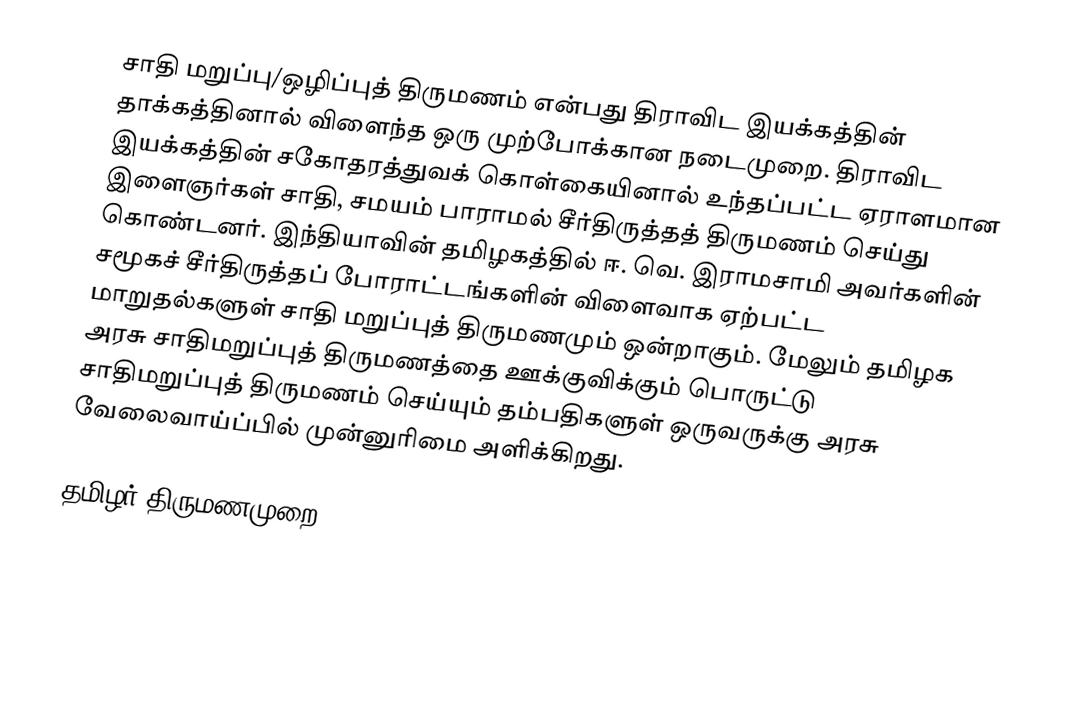
சாதி மறுப்பு/ஒழிப்புத் திருமணம் என்பது திராவிட இயக்கத்தின் தாக்கத்தினால் விளைந்த ஒரு முற்போக்கான நடைமுறை. திராவிட இயக்கத்தின் சகோதரத்துவக் கொள்கையினால் உந்தப்பட்ட ஏராளமான இளைஞர்கள் சாதி, சமயம் பாராமல் சீர்திருத்தத் திருமணம் செய்து கொண்டனர். இந்தியாவின் தமிழகத்தில் ஈ. வெ. இராமசாமி அவர்களின் சமூகச் சீர்திருத்தப் போராட்டங்களின் விளைவாக ஏற்பட்ட மாறுதல்களுள் சாதி மறுப்புத் திருமணமும் ஒன்றாகும். மேலும் தமிழக அரசு சாதிமறுப்புத் திருமணத்தை ஊக்குவிக்கும் பொருட்டு சாதிமறுப்புத் திருமணம் செய்யும் தம்பதிகளுள் ஒருவருக்கு அரசு வேலைவாய்ப்பில் முன்னுரிமை அளிக்கிறது.

தமிழர் திருமணமுறை